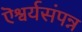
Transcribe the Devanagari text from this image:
ऎश्वर्यसंपन्न